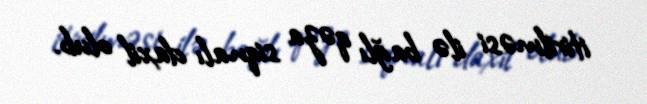
itirilməsi ilə bağlı qəza siqnalı daxil olub.